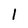
Character: l